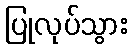
ပြုလုပ်သွား